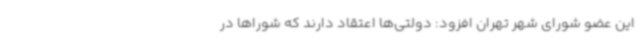
این عضو شورای شهر تهران افزود: دولتی‌ها اعتقاد دارند که شوراها در